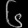
Digit: ၆